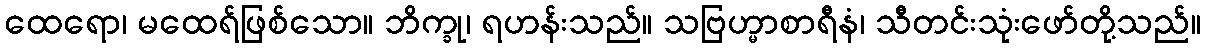
ထေရော၊ မထေရ်ဖြစ်သော။ ဘိက္ခု၊ ရဟန်းသည်။ သဗြဟ္မာစာရီနံ၊ သီတင်းသုံးဖော်တို့သည်။